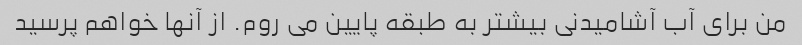
من برای آب آشامیدنی بیشتر به طبقه پایین می روم. از آنها خواهم پرسید